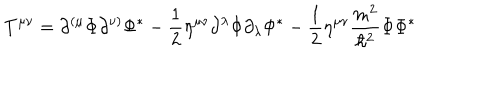
T ^ { \mu \nu } = \partial ^ { ( \mu } \Phi \partial ^ { \nu ) } \Phi ^ { * } - \frac 1 2 \eta ^ { \mu \nu } \partial ^ { \lambda } \Phi \partial _ { \lambda } \Phi ^ { * } - \frac 1 2 \eta ^ { \mu \nu } \frac { m ^ { 2 } } { \hbar ^ { 2 } } \Phi \Phi ^ { * }